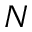
N